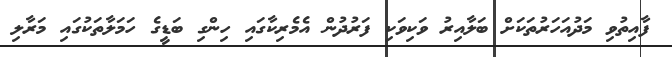
ފާއިތުވި މަދުއަހަރުތަކަށް ބަލާއިރު ވަކިވަކި ފަރުދުން އެމެރިކާގައި ހިންގި ބަޑީގެ ހަމަލާތަކުގައި މަރާލި